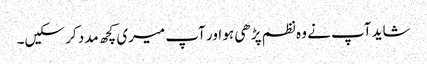
شاید آپ نے وہ نظم پڑھی ہو اور آپ میری کچھ مدد کر سکیں۔